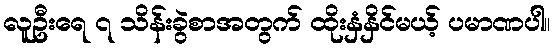
လူဦးရေ ၇ သိန်းခွဲစာအတွက် ထိုးနှံနှိင်မယ့် ပမာဏပါ။